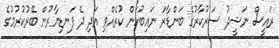
ރައީސް ނަޝީދު ސަރުކާރުގެ ބަންޑާރަ ނައިބުކަން ކުރެއްވި އަދި ދެ ފަނޑިޔާރުން ބޭރުކުރުމުގެ